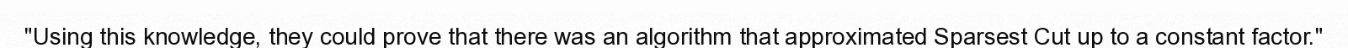
"Using this knowledge, they could prove that there was an algorithm that approximated Sparsest Cut up to a constant factor."